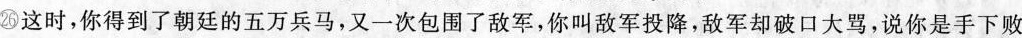
㉖这时，你得到了朝廷的五万兵马，又一次包围了敌军，你叫敌军投降，敌军却破口大骂，说你是手下败